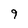
Character: 9